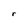
Character: r